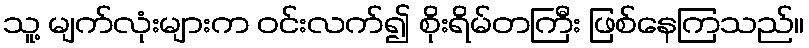
သူ့ မျက်လုံးများက ဝင်းလက်၍ စိုးရိမ်တကြီး ဖြစ်နေကြသည်။